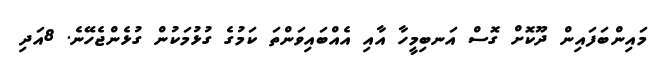
މައިންބަފައިން ދޫކޮށް ގޮސް އަނބިމީހާ އާއި އެއްބައިވަންތަ ކަމުގެ ގުޅުމަކުން ގުޅެންޖެހޭނެ. 8އަދި